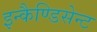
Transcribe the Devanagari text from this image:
इन्कैण्डिसेन्ट